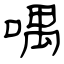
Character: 喁